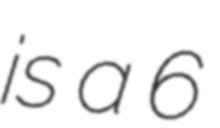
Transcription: is a 6